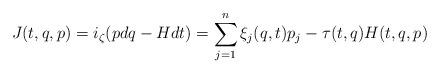
LaTeX: \begin{align*}J(t,q,p)=i_\zeta(pdq-Hdt)=\sum_{j=1}^n \xi_j(q,t)p_j-\tau(t,q)H(t,q,p)\end{align*}